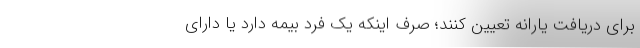
برای دریافت یارانه تعیین کنند؛ صرف اینکه یک فرد بیمه دارد یا دارای